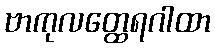
ဗာကုလတ္ထေရဂါထာ